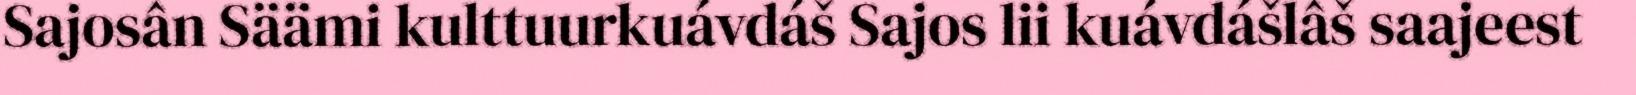
Sajosân Säämi kulttuurkuávdáš Sajos lii kuávdášlâš saajeest